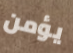
يؤمن